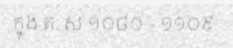
ក្នុង គ. ស ១០៨០ - ១១០៩